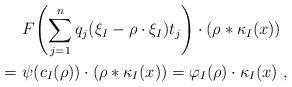
LaTeX: \begin{align*} &F\!\left(\sum_{j=1}^n q_j( \xi_I - \rho\cdot \xi_I)t_j\right) \cdot (\rho \ast \kappa_I(x)) \\= \ &\psi(c_I(\rho))\cdot (\rho \ast \kappa_I(x)) = \varphi_I(\rho) \cdot \kappa_I(x)\ ,\end{align*}